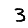
Digit: 3